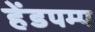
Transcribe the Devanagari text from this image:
हेंडपम्प